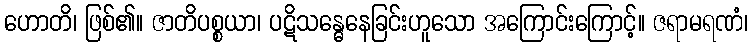
ဟောတိ၊ ဖြစ်၏။ ဇာတိပစ္စယာ၊ ပဋိသန္ဓေနေခြင်းဟူသော အကြောင်းကြောင့်။ ဇရာမရဏံ၊